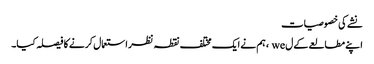
نشے کی خصوصیات
اپنے مطالعے کے ل we ، ہم نے ایک مختلف نقطہ نظر استعمال کرنے کا فیصلہ کیا۔